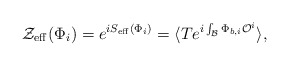
\begin{align*}{\cal Z}_{\rm eff}(\Phi_i) = e^{i S_{\rm eff}(\Phi_i)} =\langle T e^{i \int_{\cal B} \Phi_{b,i} {\cal O}^i} \rangle,\end{align*}